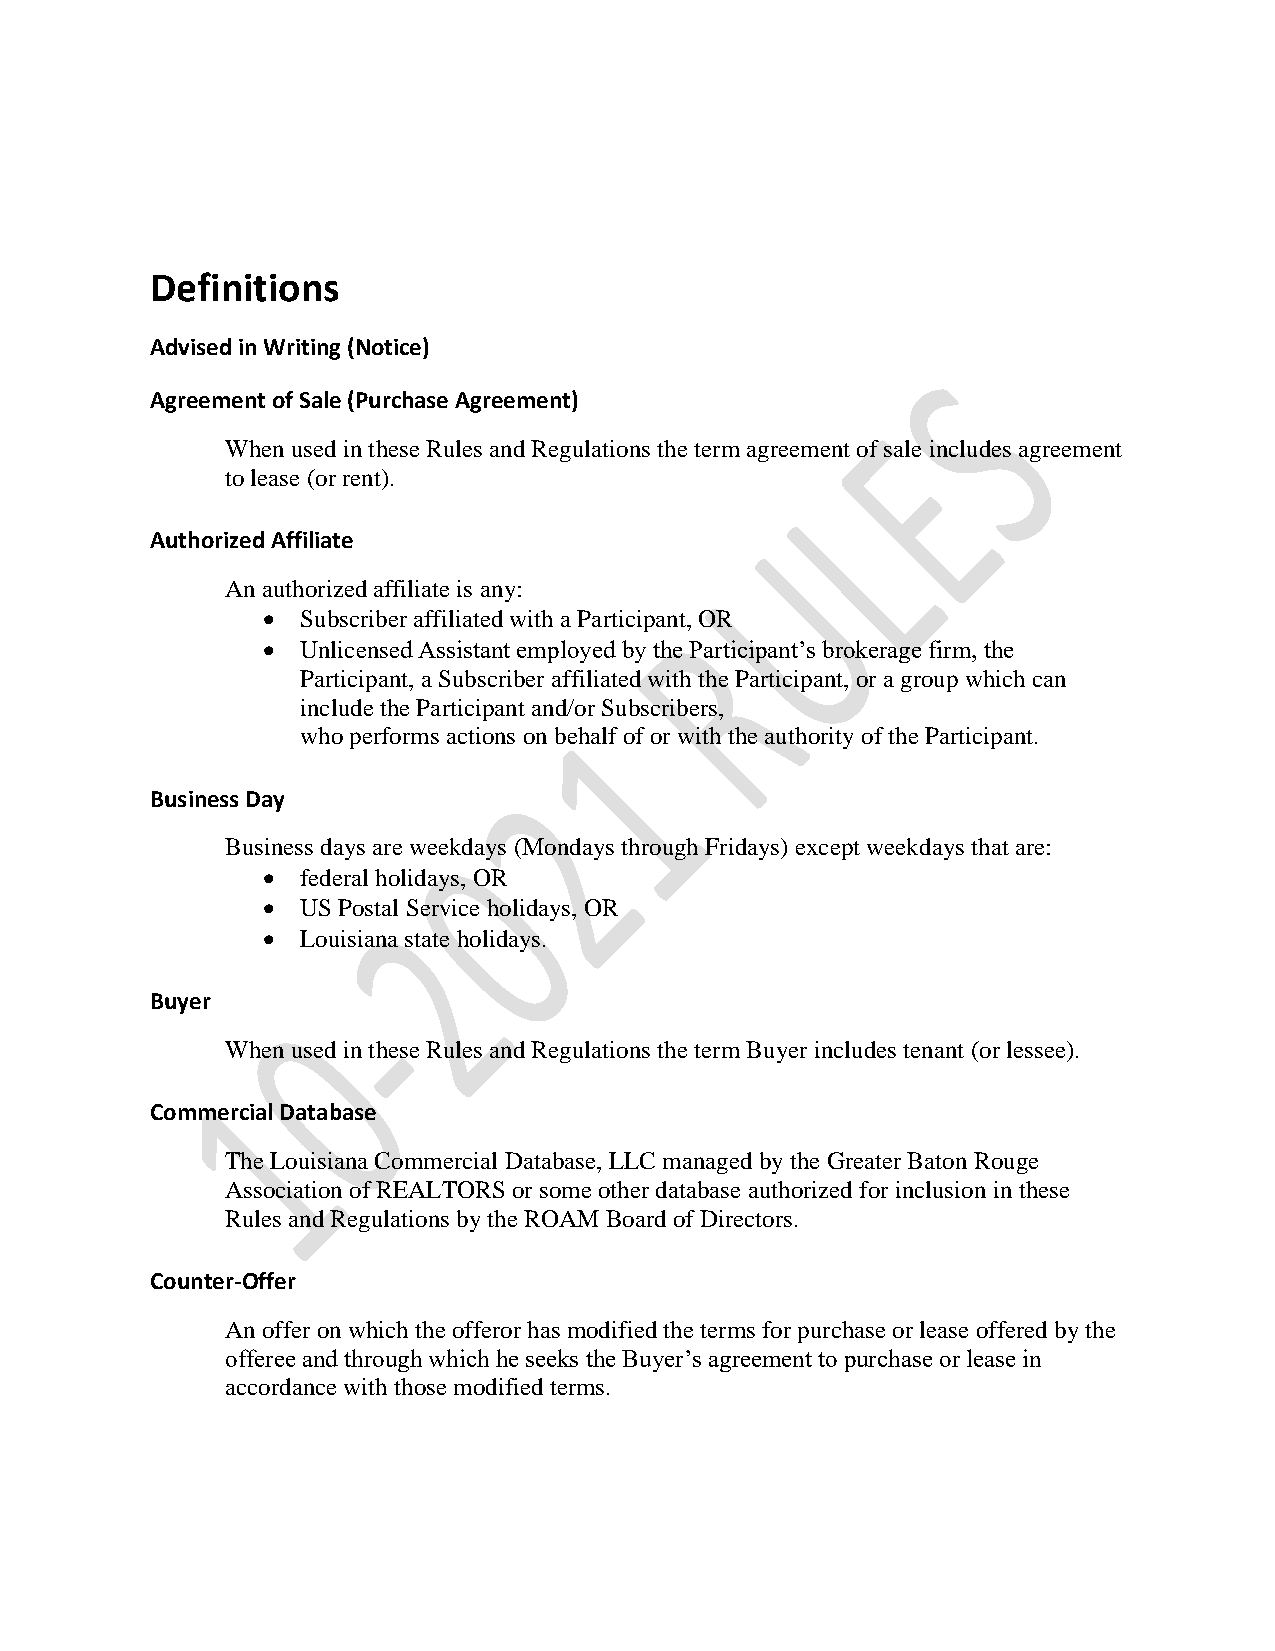
Definitions
 Advised in Writing (Notice)
 Agreement of Sale (Purchase Agreement)
 When used in these Rules and Regulations the term agreement of sale includes agreement
 to lease (or rent).
 Authorized Affiliate
 An authorized affiliate is any:
 •  Subscriber affiliated with a Participant, OR
 •  Unlicensed Assistant employed by the Participant’s brokerage firm, the
 Participant, a Subscriber affiliated with the Participant, or a group which can
 include the Participant and/or Subscribers,
 who performs actions on behalf of or with the authority of the Participant.
 Business Day
 Business days are weekdays (Mondays through Fridays) except weekdays that are:
 •  federal holidays, OR
 •  US Postal Service holidays, OR
 •  Louisiana state holidays.
 Buyer
 When used in these Rules and Regulations the term Buyer includes tenant (or lessee).
 Commercial Database
 The Louisiana Commercial Database, LLC managed by the Greater Baton Rouge
 Association of REALTORS or some other database authorized for inclusion in these
 Rules and Regulations by the ROAM Board of Directors.
 Counter-Offer
 An offer on which the offeror has modified the terms for purchase or lease offered by the
 offeree and through which he seeks the Buyer’s agreement to purchase or lease in
 accordance with those modified terms.